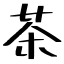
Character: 茶